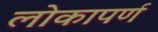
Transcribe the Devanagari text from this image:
लोकापर्ण